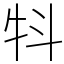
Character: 㸯